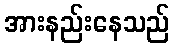
အားနည်းနေသည်